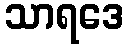
သာရဒေ